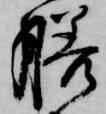
膳